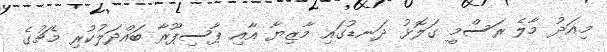
މިއަދު މާލެ ރަސްމީ ގަލޮޅު ދަނޑުގައި މާޒިޔާ އާއި ޕާސިޕޫރާ ބައްދަލުކުރި މެޗުގެ